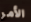
الأمر